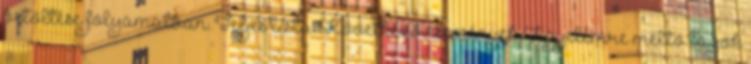
betöltése folyamatban. Teljes lista Következő események Figyelemre méltó tagok